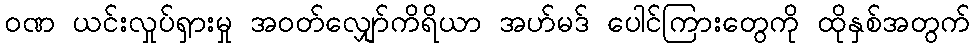
ဝဏ ယင်းလှုပ်ရှားမှု အဝတ်လျှော်ကိရိယာ အဟ်မဒ် ပေါင်ကြားတွေကို ထိုနှစ်အတွက်